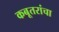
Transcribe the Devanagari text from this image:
कबूतरांचा